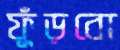
ফুঁড়বো